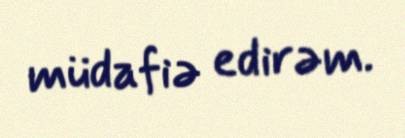
müdafiə edirəm.